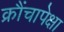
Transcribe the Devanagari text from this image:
क्रौंचापेक्षा